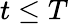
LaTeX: t\leq T